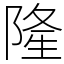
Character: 隆